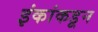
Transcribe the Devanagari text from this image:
इंकांकडून